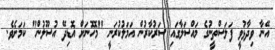
އޭނާ ވިދާޅުވީ ފަލަސްތީނުގެ މައްސަލާގައި ސަރުކާރުން އަމަލުކުރަނީ "މޮހޮނަށް އޮޑިދޭ އުސޫލުން" ކަމަށެވެ.